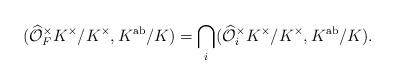
LaTeX: \begin{align*} (\widehat{\mathcal{O}} ^\times_F K^\times / K^\times, K^{\mathrm{ab}}/K) = \bigcap_i (\widehat{\mathcal{O}}_i^\times K^\times/K^\times, K^{\mathrm{ab}}/K).\end{align*}